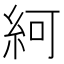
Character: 䋍